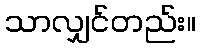
သာလျှင်တည်း။